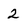
Character: 2